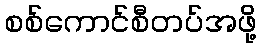
စစ်ကောင်စီတပ်အဖို့